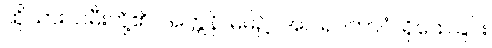
ထိုသားသမီးတို့၏။ အတ္တနိ၊ မိမိ၌။ အဂါရဝဘာဝံ၊ ရိုသေခြင်း